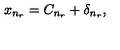
x _ { n _ { r } } = C _ { n _ { r } } + \delta _ { n _ { r } } ,